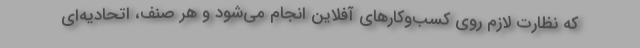
که نظارت لازم روی کسب‌وکارهای آفلاین انجام می‌شود و هر صنف، اتحادیه‌ای